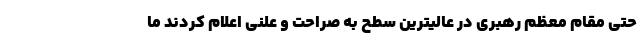
حتی مقام معظم رهبری در عالیترین سطح به صراحت و علنی اعلام کردند ما